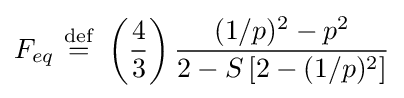
F_{eq}\ {\stackrel {\mathrm {def} }{=}}\ \left({\frac {4}{3}}\right){\frac {(1/p)^{2}-p^{2}}{2-S\left[2-(1/p)^{2}\right]}}